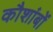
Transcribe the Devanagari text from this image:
कौशांबों